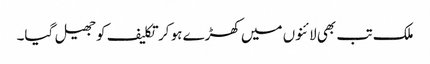
ملک تب بھی لائنوں میں کھڑے ہو کر تکلیف کو جھیل گیا۔